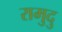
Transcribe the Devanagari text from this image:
रामुदु